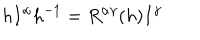
LaTeX: h I ^ { \alpha } h ^ { - 1 } = R ^ { \alpha \gamma } ( h ) I ^ { \gamma }